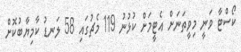
ކޯސްޓާ ވަނީ މިވީތަނަށް އެޓީމަށް ކުޅުނު 119 މެޗުގައި 58 ލަނޑު ކާމިޔާބުކޮށް